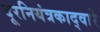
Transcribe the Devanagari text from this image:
दूरनियंत्रकाद्वारे